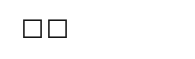
٣٣